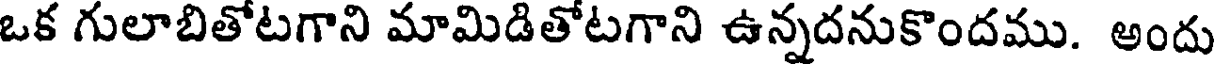
ఒక గులాబితోటగాని మామిడితోటగాని ఉన్నదనుకొందము. అందు